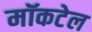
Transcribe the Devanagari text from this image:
मॉकटेल